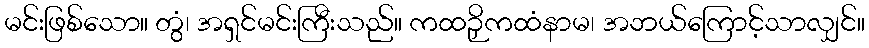
မင်းဖြစ်သော။ တွံ၊ အရှင်မင်းကြီးသည်။ ကထဉှိကထံနာမ၊ အဘယ်ကြောင့်သာလျှင်။